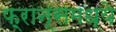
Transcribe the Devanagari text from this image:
फ़्रान्समध्ये